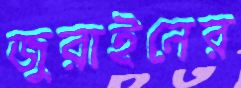
জুরাইনের